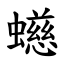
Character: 䗹